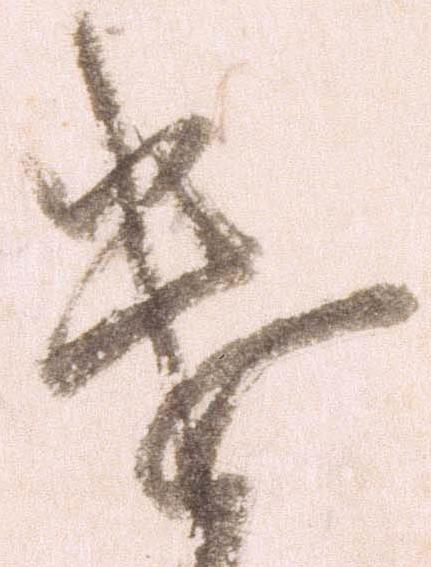
遣